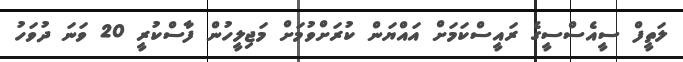
ލަތީފް ސީއެސްސީގެ ރައީސްކަމަށް އައްޔަން ކުރަށްވުމަށް މަޖިލީހުން ފާސްކުރީ 20 ވަނަ ދުވަހު